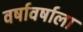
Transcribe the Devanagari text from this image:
वर्षावर्षाला